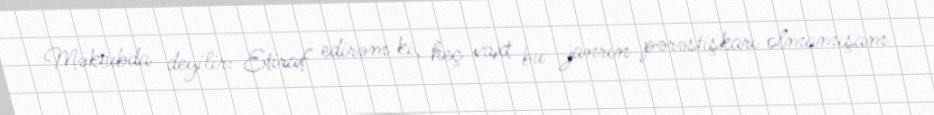
Məktubda deyilir: Etiraf edirəm ki, heç vaxt bu janrın pərəstişkarı olmamışam